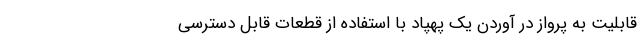
قابلیت به پرواز در آوردن یک پهپاد با استفاده از قطعات قابل دسترسی